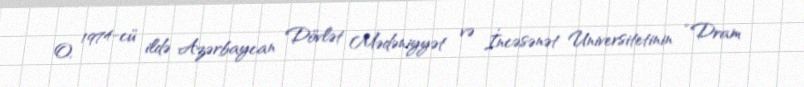
O, 1974-cü ildə Azərbaycan Dövlət Mədəniyyət və İncəsənət Universitetinin “Dram